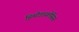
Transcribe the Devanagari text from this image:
हिमोडायलेसिस